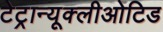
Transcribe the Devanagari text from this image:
टेट्रान्यूक्लीओटिड